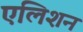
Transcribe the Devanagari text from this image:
एलिशन